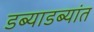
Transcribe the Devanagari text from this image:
डब्याडब्यांत